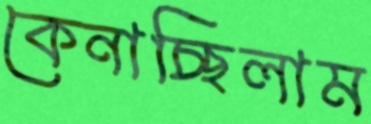
কেনাচ্ছিলাম